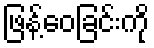
ဖြန့်ဝေခြင်းကို